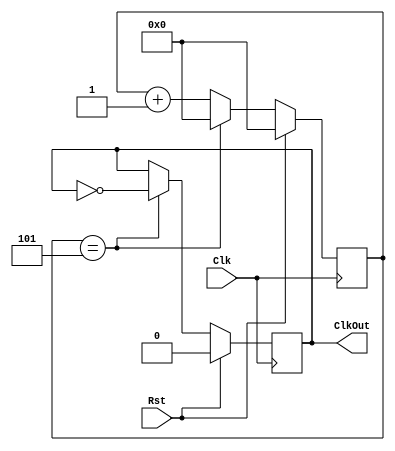
`timescale 1ns / 1ns
// Generate a 1 kHz clock from 50 MHz clock
module ClkDiv(Clk, Rst, ClkOut);

   input Clk, Rst;
   output reg ClkOut;

   reg [15:0] Counter;

   always @(posedge Clk) begin
   if(Rst) begin
    Counter<=0;
    ClkOut<=0;
  end
  else begin
    if(Counter==5) begin
      ClkOut<=!ClkOut;
      Counter<=0;
    end
    else
      Counter<=Counter+1;
  end
  end

  endmodule